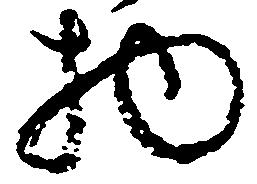
物